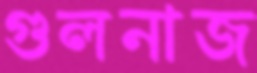
গুলনাজ